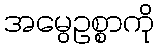
အမွေဥစ္စာကို